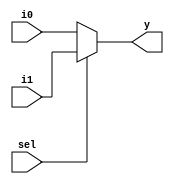
module mux_2_1(
  input sel,
  input i0, i1,
  output y);
  
  assign y = sel ? i1 : i0;
endmodule